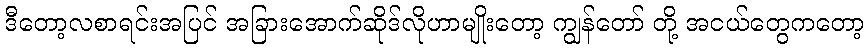
ဒီတော့လစာရင်းအပြင် အခြားအောက်ဆိုဒ်လိုဟာမျိုးတော့ ကျွန်တော် တို့ အငယ်တွေကတော့